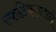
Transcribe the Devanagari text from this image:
स्फटिकामधले